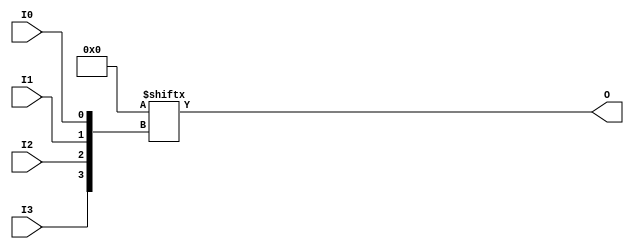
///////////////////////////////////////////////////////////////////////////////
// Copyright (c) 1995/2015 Xilinx, Inc.
// All Right Reserved.
///////////////////////////////////////////////////////////////////////////////
//   ____  ____
//  /   /\/   /
// /___/  \  /    Vendor : Xilinx
// \   \   \/     Version : 2015.4
//  \   \         Description : Xilinx Formal Library Component
//  /   /                  4 Inputs LUT
// /___/   /\     Filename : LUT4.v
// \   \  /  \
//  \___\/\___\
//
///////////////////////////////////////////////////////////////////////////////
// Revision:
//    04/01/08 - Initial version.
// End Revision
///////////////////////////////////////////////////////////////////////////////

`timescale  1 ps / 1 ps

`celldefine

module LUT4 (O, I0, I1, I2, I3);

    parameter [15:0] INIT = 16'h0000;

`ifdef XIL_TIMING //Simprim
 
  parameter LOC = "UNPLACED";

`endif

    input I0, I1, I2, I3;

    output O;

    wire out0, out1, out2, out3, out;

        assign O = INIT[{I3,I2,I1,I0}];

endmodule

`endcelldefine